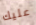
عليك